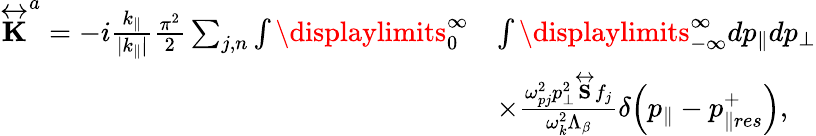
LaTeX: \begin{array}{rl}{\overleftrightarrow{\mathbf{K}}^{a}=-i\frac{k_{\parallel}}{|k_{\parallel}|}\frac{\pi^{2}}{2}\sum_{j,n}\int\displaylimits_{0}^{\infty}}&{\int\displaylimits_{-\infty}^{\infty}dp_{\parallel}dp_{\perp}}\\ &{\times\frac{\omega_{pj}^{2}p_{\perp}^{2}\overleftrightarrow{\mathbf{S}}f_{j}}{\omega_{k}^{2}\Lambda_{\beta}}\delta\! \left(p_{\parallel}-p_{\parallel res}^{+}\right),}\end{array}